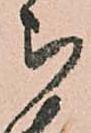
被